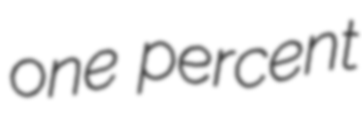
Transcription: one percent